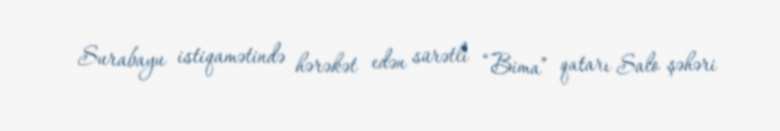
Surabayu istiqamətində hərəkət edən sürətli “Bima” qatarı Salo şəhəri